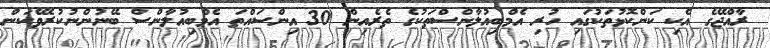
ރާއްޖޭގެ އެކި ކަންކޮޅުތަކުގައި ހުރި އެމްބިއުލާންސްތަކުގެ ތެރެއިން 30 އިންސައްތަ އެމްބިއުލާންސް ބޭނުންނުކުރެވޭކަން